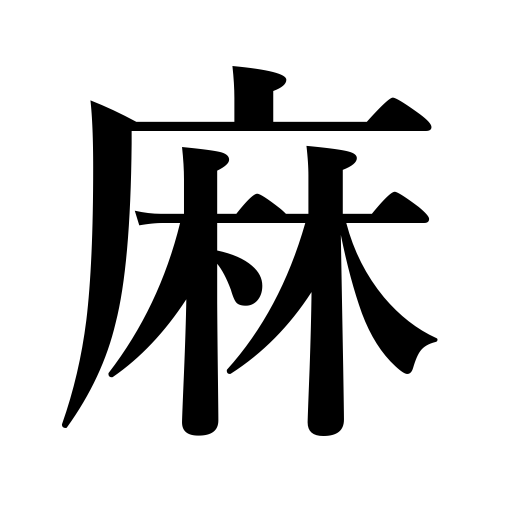
Meanings: hemp,jute,ramie,linen,flax